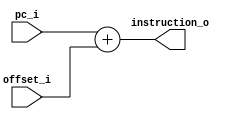
module pc_target(
    input [31:0] pc_i,
    input [31:0] offset_i,
    output reg [31:0] instruction_o
);
    always @(*) begin
        instruction_o = pc_i + offset_i;
    end
endmodule